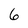
Character: 6